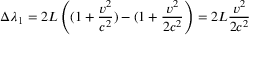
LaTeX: \Delta { \lambda } _ { 1 } = 2 L \left( ( 1 + { \frac { v ^ { 2 } } { c ^ { 2 } } } ) - ( 1 + { \frac { v ^ { 2 } } { 2 c ^ { 2 } } } \right) = { 2 L } { \frac { v ^ { 2 } } { 2 c ^ { 2 } } }